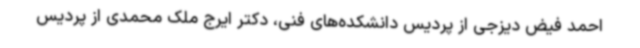
احمد فیض دیزجی از پردیس دانشکده‌های فنی، دکتر ایرج ملک محمدی از پردیس